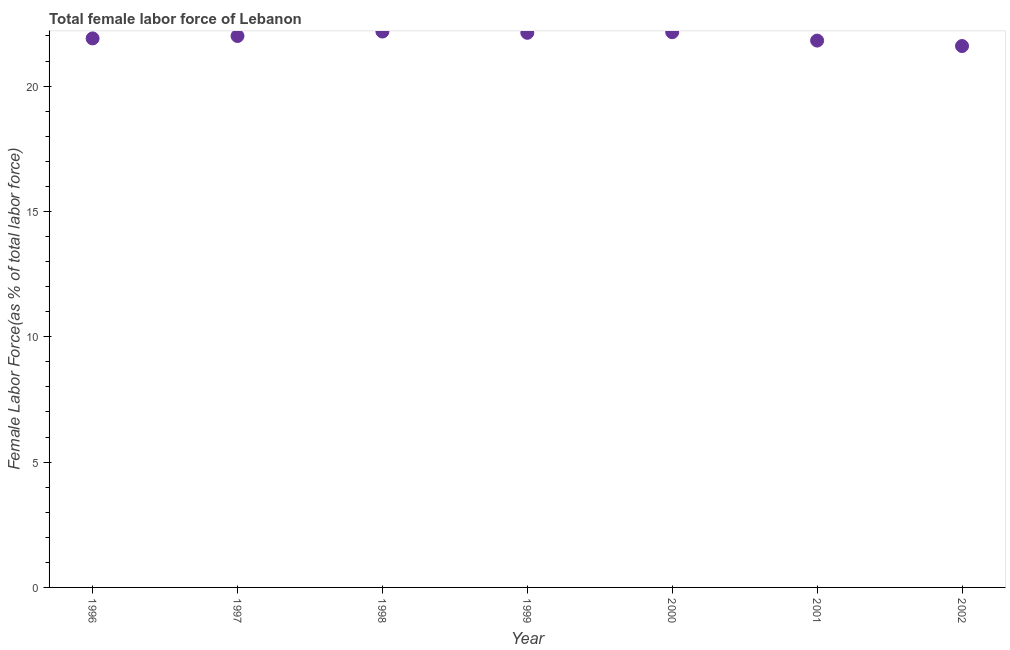
| Year | Female Labor force |
 | --- | --- |
 | 1996 | 21.9 |
 | 1997 | 22 |
 | 1998 | 22.2 |
 | 1999 | 22.1 |
 | 2000 | 22.1 |
 | 2001 | 21.8 |
 | 2002 | 21.6 |